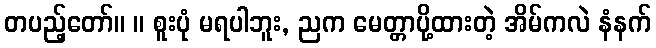
တပည့်တော်။ ။ စူးပုံ မရပါဘူး, ညက မေတ္တာပို့ထားတဲ့ အိမ်ကလဲ နံနက်